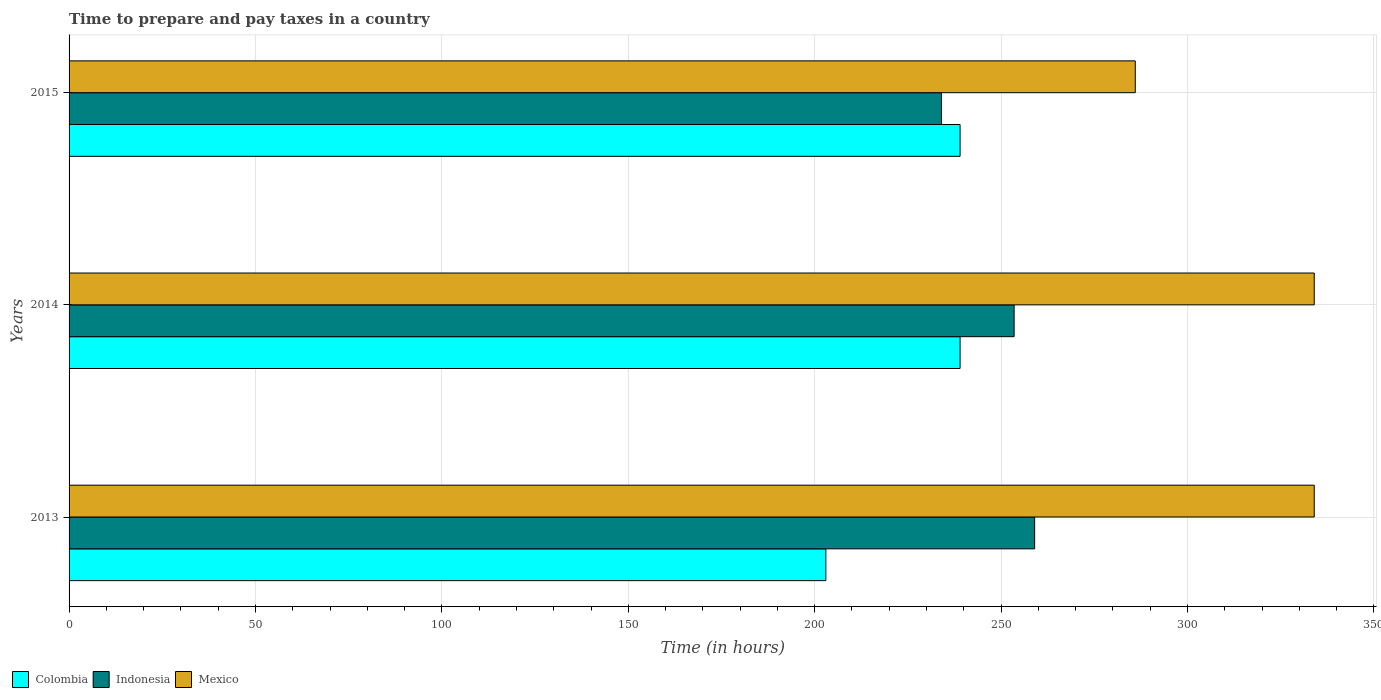
| Years | Colombia | Indonesia | Mexico |
 | --- | --- | --- | --- |
 | 2013 | 203 | 259 | 334 |
 | 2014 | 239 | 254 | 334 |
 | 2015 | 239 | 234 | 286 |